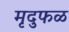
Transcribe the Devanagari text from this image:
मृदुफळ